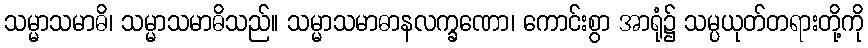
သမ္မာသမာဓိ၊ သမ္မာသမာဓိသည်။ သမ္မာသမာဓာနလက္ခဏော၊ ကောင်းစွာ အာရုံ၌ သမ္ပယုတ်တရားတို့ကို